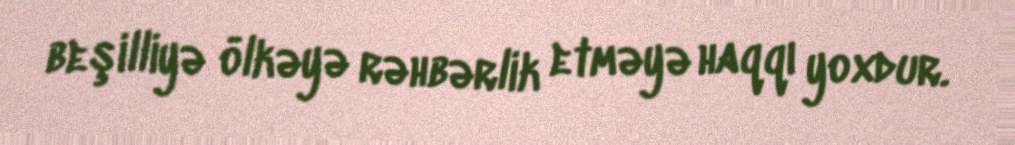
beşilliyə ölkəyə rəhbərlik etməyə haqqı yoxdur.